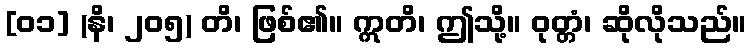
[၀၁] (နိ၊ ၂၀၅) တိ၊ ဖြစ်၏။ ဣတိ၊ ဤသို့။ ဝုတ္တံ၊ ဆိုလိုသည်။